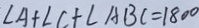
\angle A + \angle C + \angle A B C = 1 8 0 ^ { \circ }